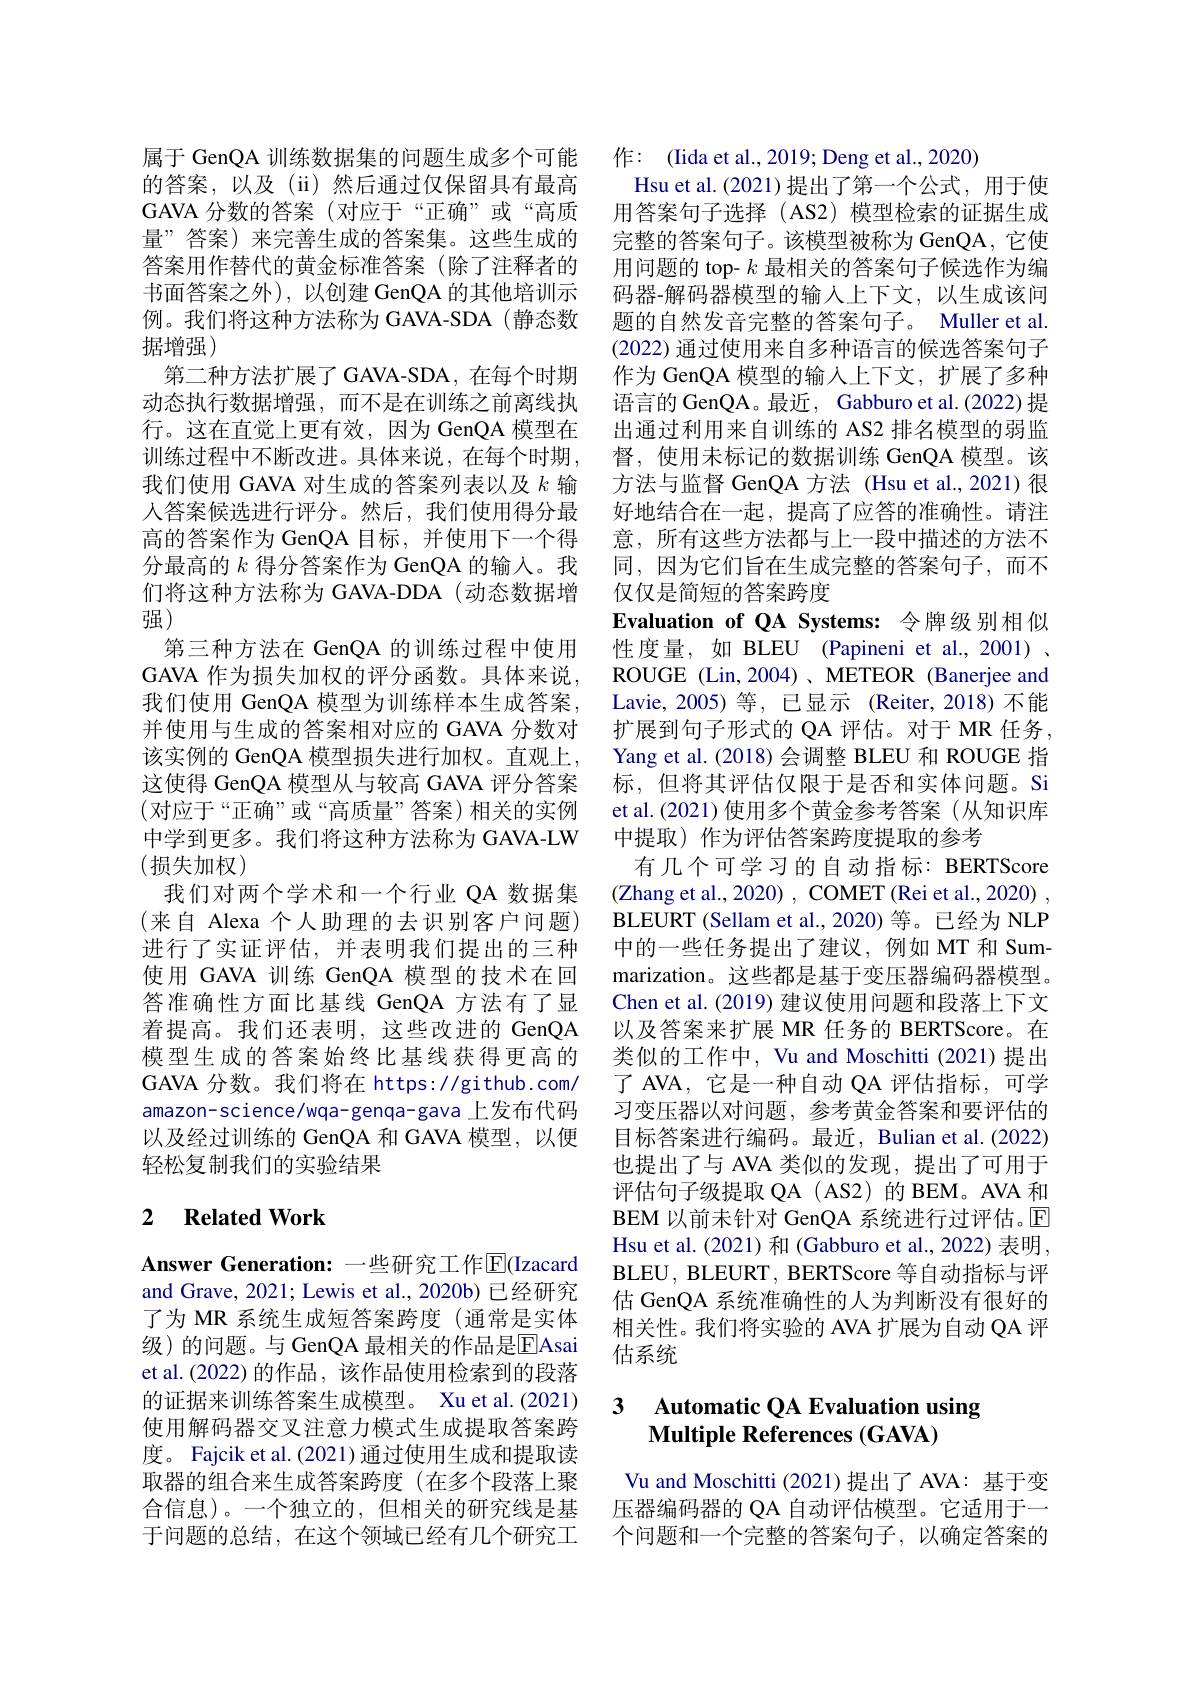
属于 GenQA 训练数据集的问题生成多个可能的答案，以及(ii)然后通过仅保留具有最高GAVA 分数的答案 (对应于“正确”或“高质量”答案)来完善生成的答案集。这些生成的答案用作替代的黄金标准答案(除了注释者的书面答案之外),以创建 GenQA 的其他培训示例。我们将这种方法称为 GAVA-SDA(静态数据增强)
第二种方法扩展了GAVA-SDA,在每个时期动态执行数据增强，而不是在训练之前离线执行。这在直觉上更有效，因为 GenQA 模型在训练过程中不断改进。具体来说，在每个时期， 我们使用 GAVA 对生成的答案列表以及$k$输人答案候选进行评分。然后，我们使用得分最高的答案作为 GenQA 目标，并使用下一个得分最高的$k$得分答案作为 GenQA 的输入。我们将这种方法称为 GAVA-DDA (动态数据增强)
第三种方法在 GenQA 的训练过程中使用GAVA 作为损失加权的评分函数。具体来说， 我们使用 GenQA 模型为训练样本生成答案， 并使用与生成的答案相对应的 GAVA 分数对该实例的 GenQA 模型损失进行加权。直观上， 这使得 GenQA 模型从与较高 GAVA 评分答案(对应于“正确”或“高质量”答案)相关的实例中学到更多。我们将这种方法称为 GAVA-LW (损失加权)
我们对两个学术和一个行业 QA 数据集(来自 Alexa 个人助理的去识别客户问题) 进行了实证评估，并表明我们提出的三种使用 GAVA 训练 GenQA 模型的技术在回答准确性方面比基线 GenQA 方法有了显着提高。我们还表明，这些改进的 GenQA 模型生成的答案始终比基线获得更高的GAVA 分数。我们将在 https://github.com/ amazon-science/wqa-genqa-gava 上发布代码以及经过训练的 GenQA 和 GAVA 模型，以便轻松复制我们的实验结果

## 2 $\textbf{Related Work}$

Answer Generation: 一些研究工作$\overline{\mathbb{E}}($Izacard and Grave, 2021; Lewis et al., 2020b) 已经研究了为 MR 系统生成短答案跨度 (通常是实体级)的问题。与 GenQA 最相关的作品是$\overline{\mathrm{E}}$Asai et al.(2022)的作品，该作品使用检索到的段落的证据来训练答案生成模型。Xu et al.(2021) 使用解码器交叉注意力模式生成提取答案跨度。Fajcik et al. (2021) 通过使用生成和提取读取器的组合来生成答案跨度(在多个段落上聚合信息)。一个独立的，但相关的研究线是基于问题的总结，在这个领域已经有几个研究工

作：(Iida et al., 2019; Deng et al., 2020)
Hsu et al. (2021)提出了第一个公式，用于使用答案句子选择(AS2)模型检索的证据生成完整的答案句子。该模型被称为 GenQA, 它使用问题的 top- $k$最相关的答案句子候选作为编码器-解码器模型的输入上下文，以生成该问题的自然发音完整的答案句子。Muller et al. (2022) 通过使用来自多种语言的候选答案句子作为 GenQA 模型的输人上下文，扩展了多种语言的 GenQA。最近，Gabburo et al.(2022) 提出通过利用来自训练的 AS2 排名模型的弱监督，使用未标记的数据训练 GenQA 模型。该方法与监督 GenQA 方法 (Hsu et al.,2021) 很好地结合在一起，提高了应答的准确性。请注意，所有这些方法都与上一段中描述的方法不同，因为它们旨在生成完整的答案句子，而不仅仅是简短的答案跨度
Evaluation of QA Systems: 令牌级别相似性度量，如 BLEU (Papineni et al.,2001) . ROUGE (Lin,2004)、METEOR (Banerjee and Lavie,2005)等，已显示(Reiter,2018)不能扩展到句子形式的 QA 评估。对于 MR 任务， Yang et al. (2018) 会调整 BLEU 和 ROUGE 指标，但将其评估仅限于是否和实体问题。Si et al.(2021) 使用多个黄金参考答案 (从知识库中提取)作为评估答案跨度提取的参考
有几个可学习的自动指标：BERTScore (Zhang et al., 2020) , COMET (Rei et al., 2020) , BLEURT (Sellam et al., 2020) 等。已经为 NLP 中的一些任务提出了建议，例如 MT 和 Summarization。这些都是基于变压器编码器模型。Chen et al. (2019) 建议使用问题和段落上下文以及答案来扩展 MR 任务的 BERTScore。在类似的工作中，Vu and Moschitti(2021)提出了 AVA, 它是一种自动 QA 评估指标，可学习变压器以对问题，参考黄金答案和要评估的目标答案进行编码。最近，Bulian et al.(2022) 也提出了与 AVA 类似的发现，提出了可用于评估句子级提取 QA (AS2) 的 BEM。AVA 和BEM 以前未针对 GenQA 系统进行过评估。回Hsu et al. (2021) 和 (Gabburo et al., 2022) 表明， BLEU, BLEURT, BERTScore 等自动指标与评估 GenQA 系统准确性的人为判断没有很好的相关性。我们将实验的 AVA 扩展为自动 QA 评估系统

# 3 Automatic QA Evaluation using Multiple References (GAVA)

Vu and Moschitti (2021)提出了 AVA: 基于变压器编码器的 QA 自动评估模型。它适用于一个问题和一个完整的答案句子，以确定答案的